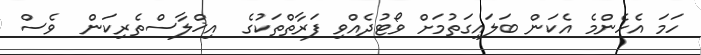
ހަމަ އެހެންމެ އެކަން ބަލައިގަތުމަށް ވޯޓުދެއްވި ފަރާތްތަކުގެ  އިޚްލާސްތެރިކަން  ވެސް